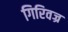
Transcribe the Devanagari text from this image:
गिरिवज्र